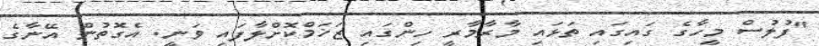
"ފުލުސް މީހާގެ ގައިގައި ތަޅައި މާރާމާރީ ހިންގައި ޒަޚަމްކޮށްލާފައި ވަނީ. އެގޮތުން އޭނާގެ